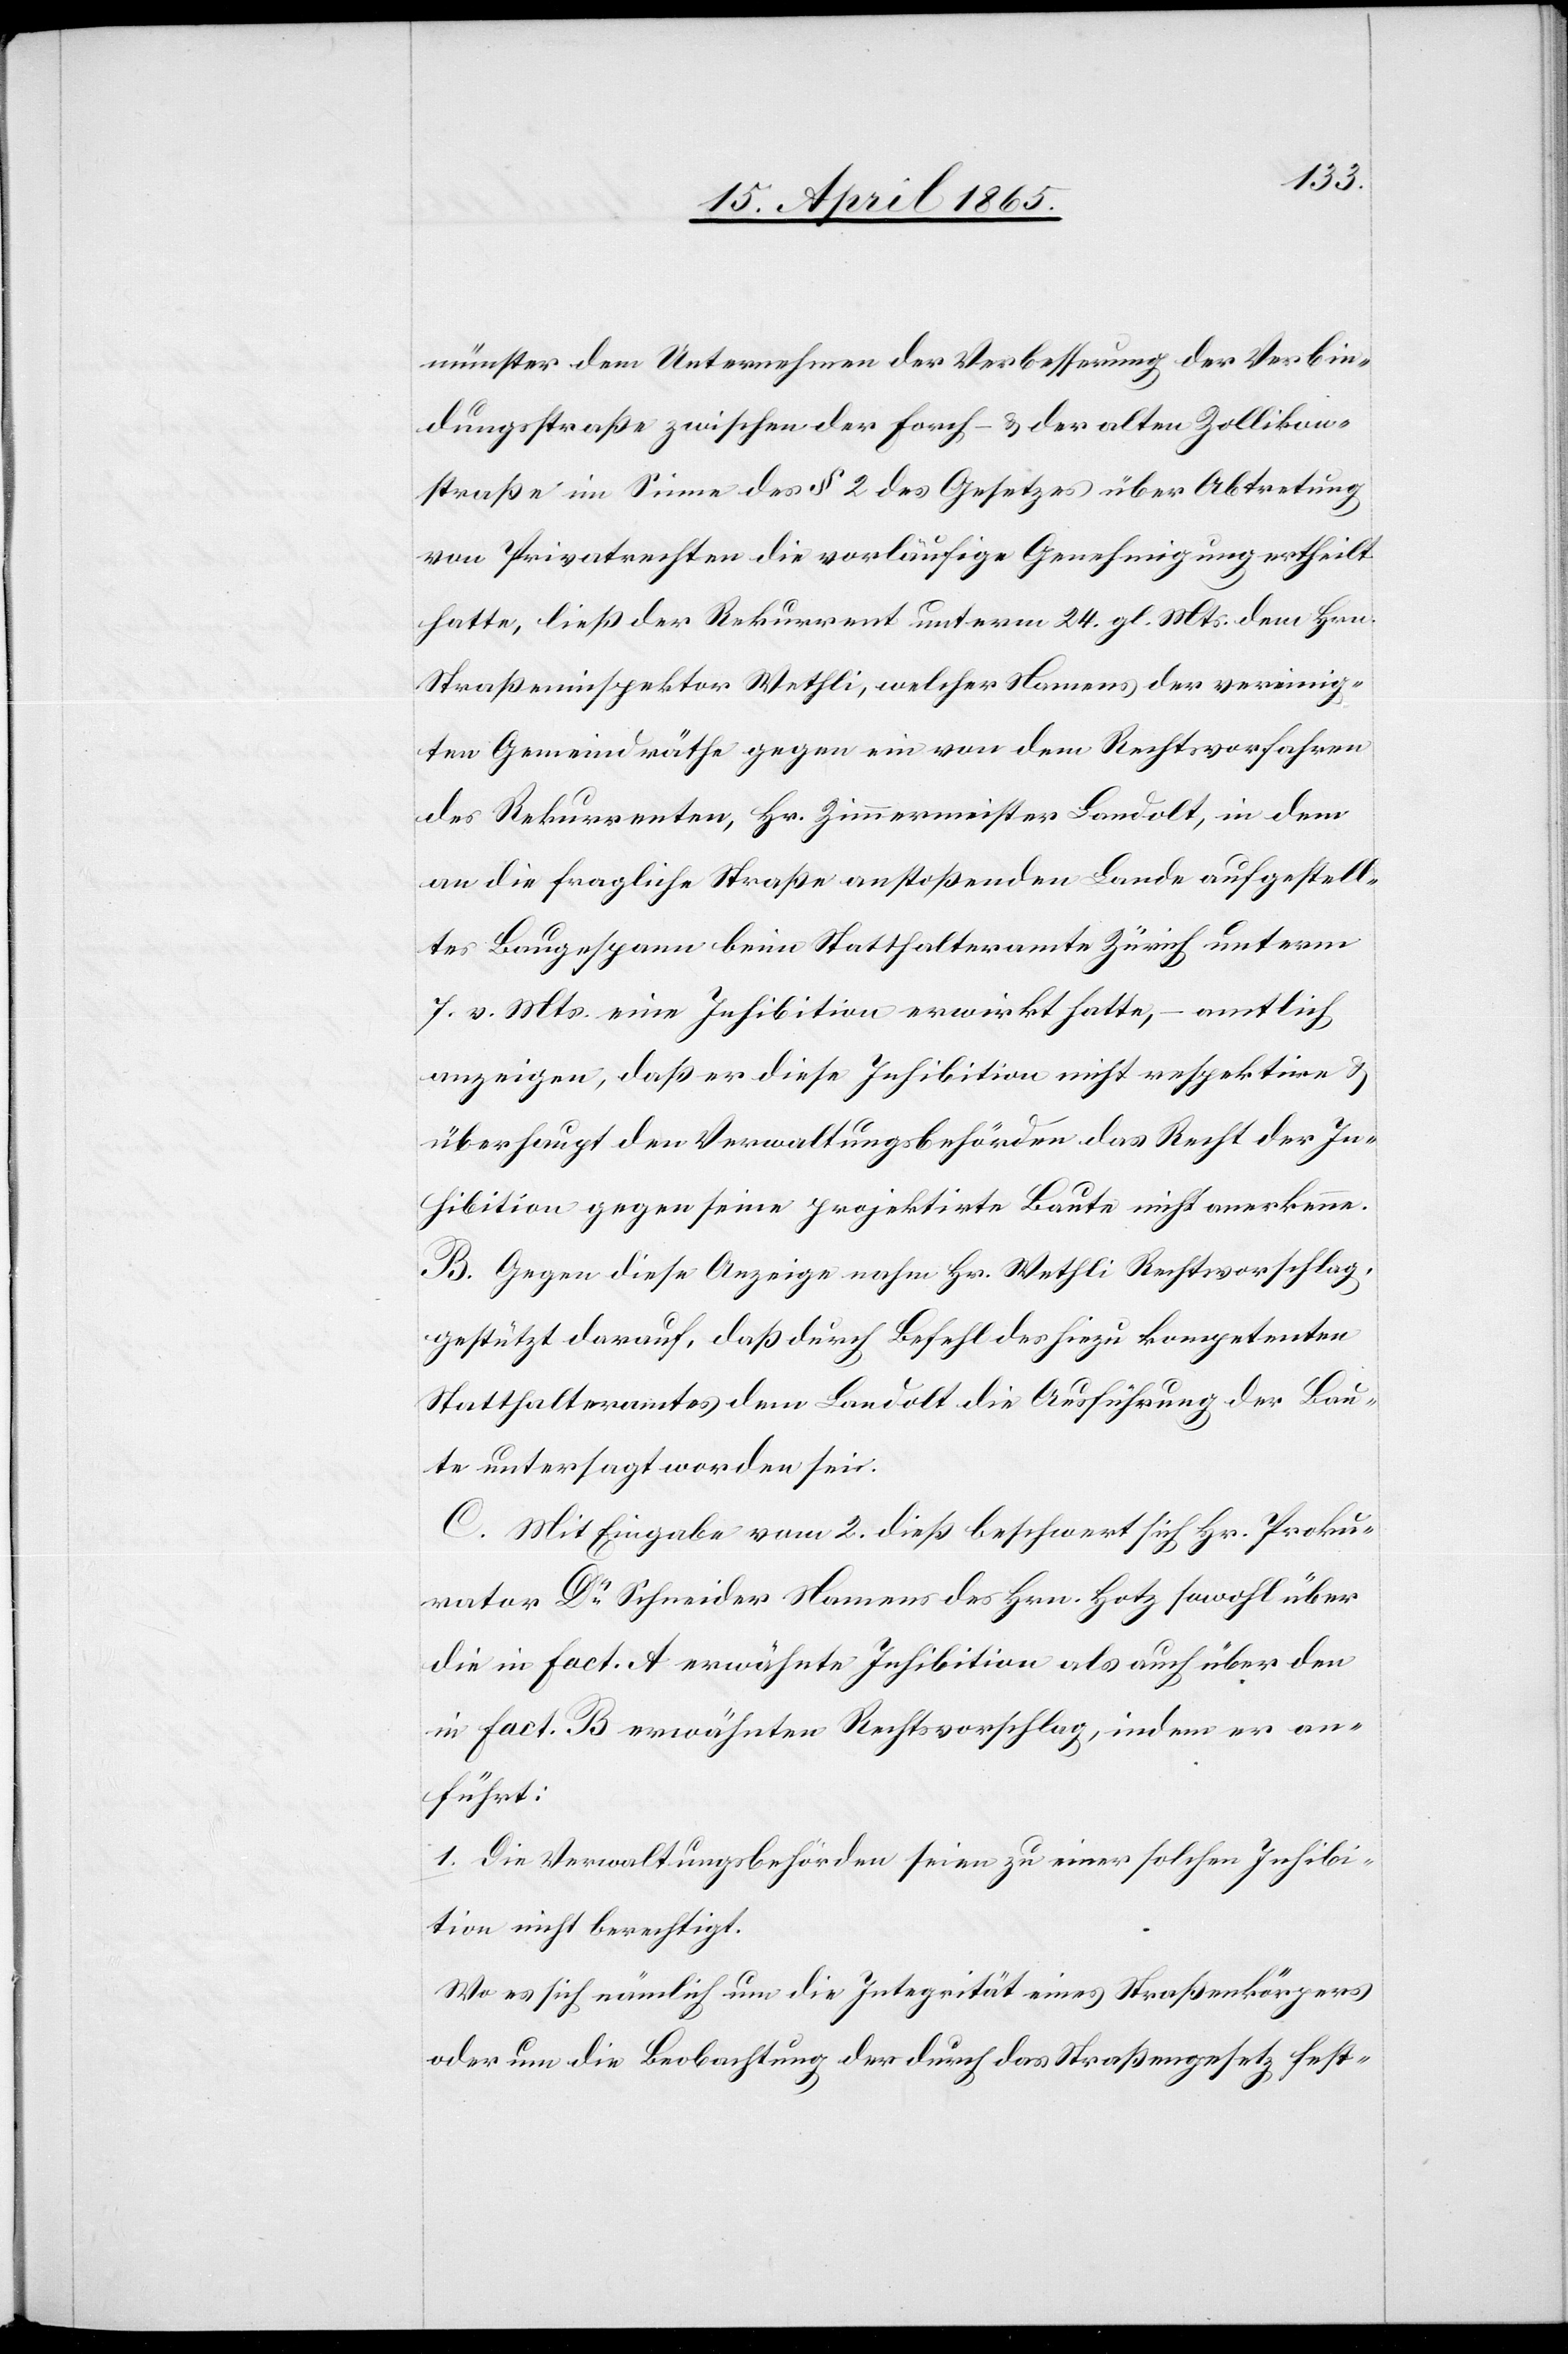
münster dem Unternehmen der Verbesserung der Verbin¬
dungsstraße zwischen der Forch- & der alten Zollikon¬
straße im Sinne des § 2 des Gesetzes über Abtretung
von Privatrechten die vorläufige Genehmigung ertheilt
hatte, ließ der Rekurrent unterm 24. gl. Mts. dem Hrn.
Straßeninspektor Wethli, welcher Namens der vereinig¬
ten Gemeindräthe gegen ein von dem Rechtsvorfahren
des Rekurrenten, Hr. Zimmermeister Landolt, in dem
an die fragliche Straße anstoßenden Lande aufgestell¬
tes Baugespann beim Statthalteramte Zürich unterm
7. v. Mts. eine Inhibition erwirkt hatte, – amtlich
anzeigen, daß er diese Inhibition nicht respektive &
überhaupt den Verwaltungsbehörden das Recht der In¬
hibition gegen seine projektirte Baute nicht anerkenne.
B. Gegen diese Anzeige nahm Hr. Wethli Rechtsvorschlag,
gestützt darauf, daß durch Befehl des hiezu kompetenten
Statthalteramtes dem Landolt die Ausführung der Bau¬
te untersagte worden sei.
C. Mit Eingabe vom 2. dieß beschwert sich Hr. Proku¬
rator Dr Schneider Namens des Hrn. Hotz sowohl über
die in Fact. A erwähnte Inhibition als auch über den
in Fact. B erwähnten Rechtsvorschlag, indem er an¬
führt:
1. Die Verwaltungsbehörden seien zu einer solchen Inhibi¬
tion nicht berechtigt.
Wo es sich nämlich um die Integrität eines Straßenkörpers
oder um die Beobachtung der durch das Straßengesetz fest-